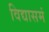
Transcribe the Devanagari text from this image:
विद्यासमं